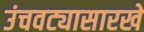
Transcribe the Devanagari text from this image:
उंचवट्यासारखे